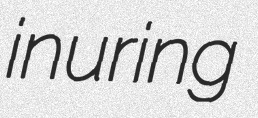
inuring